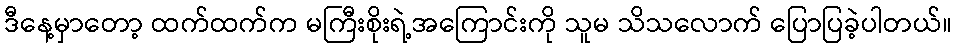
ဒီနေ့မှာတော့ ထက်ထက်က မကြီးစိုးရဲ့အကြောင်းကို သူမ သိသလောက် ပြောပြခဲ့ပါတယ်။